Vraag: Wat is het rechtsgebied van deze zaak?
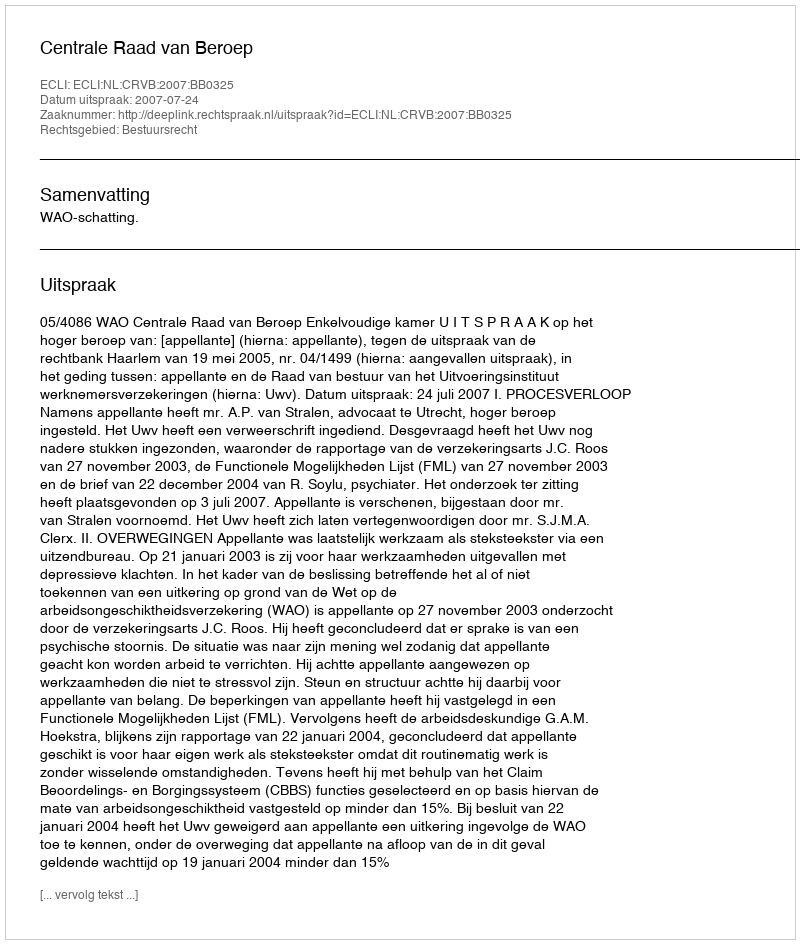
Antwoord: Bestuursrecht